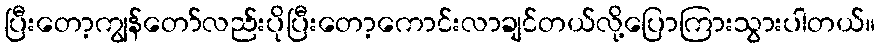
ပြီးတော့ကျွန်တော်လည်းပိုပြီးတော့ကောင်းလာချင်တယ်လို့ပြောကြားသွားပါတယ်။